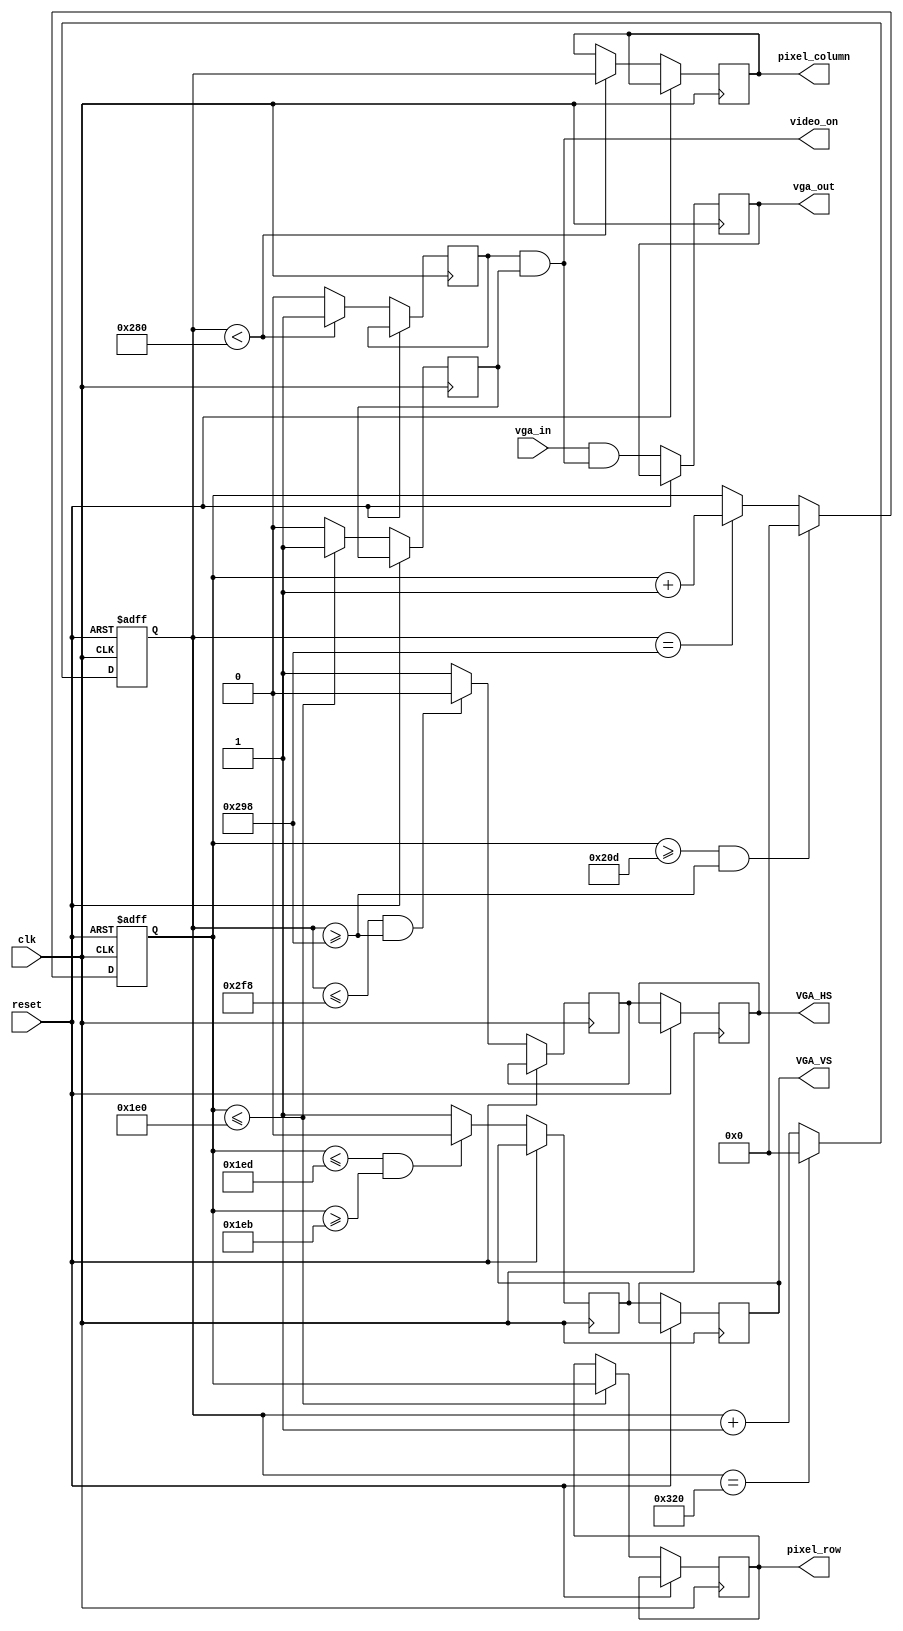
module vga(
  input clk,
  input reset,
  input vga_in,
  output video_on,
  output reg vga_out,
  output reg VGA_HS,
  output reg VGA_VS,
  output reg [9:0] pixel_row,
  output reg [9:0] pixel_column
);

localparam h_end_count     = 800;
localparam h_sync_high     = 760;
localparam h_sync_low      = 664;
localparam h_pixels_across = 640;
localparam v_end_count     = 525;
localparam v_sync_high     = 493;
localparam v_sync_low      = 491;
localparam v_pixels_down   = 480;

reg [9:0] h_count;
reg [9:0] v_count;
reg horiz_sync;
reg vert_sync;
reg video_on_h;
reg video_on_v;
    
assign video_on = ( video_on_h & video_on_v);

always @ (posedge clk or posedge reset)
  if (reset==1)
  begin
    h_count <= 0;
    v_count <= 0;
  end
  else
  begin
    if ( h_count == 800 ) 
      h_count <= 10'b0000000000;
    else
      h_count <= ( h_count + 1 );
    if ((h_count <= 760) & (h_count >= 664)) 
      horiz_sync <= 1'b0;
    else
      horiz_sync <= 1'b1;
    if ((v_count >= 525) & (h_count >= 664)) 
      v_count <= 10'b0000000000;
    else
      if (h_count == 664) 
         v_count <= ( v_count + 1 );
    if ((v_count <= 493) & (v_count >= 491)) 
      vert_sync <= 1'b0;
    else
      vert_sync <= 1'b1;
    if (h_count < 640) 
    begin
      video_on_h <= 1'b1;
      pixel_column <= h_count;
    end
    else
      video_on_h <= 1'b0;
    if (v_count <= 480) 
    begin
      video_on_v <= 1'b1;
      pixel_row <= v_count;
    end
    else
      video_on_v <= 1'b0;
    VGA_HS <= horiz_sync;
    VGA_VS <= vert_sync;
    vga_out <= ( vga_in & video_on );
  end
endmodule